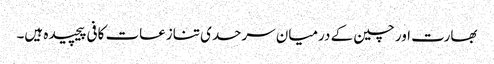
بھارت اور چین کے درمیان سرحدی تنازعات کافی پیچیدہ ہیں۔